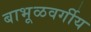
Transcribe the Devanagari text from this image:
बाभूळवर्गीय